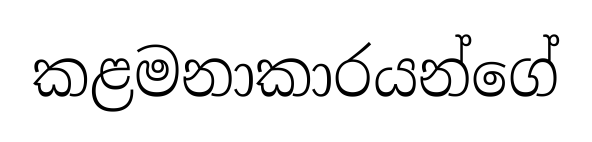
කළමනාකාරයන්ගේ